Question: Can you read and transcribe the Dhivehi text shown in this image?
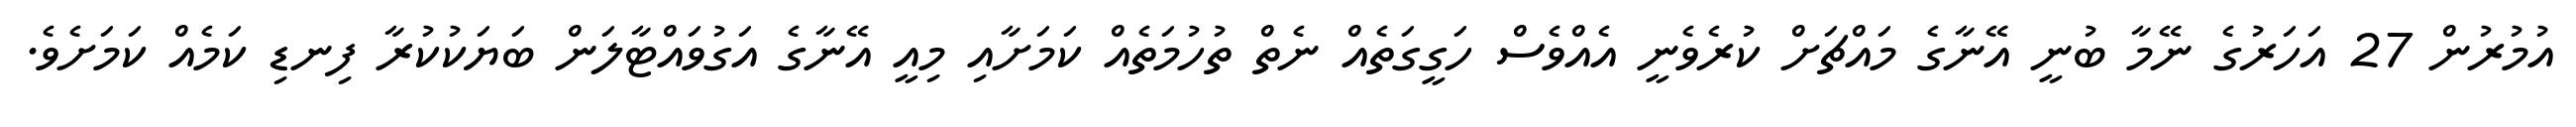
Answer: އުމުރުން 27 އަހަރުގެ ނޭމާ ބުނީ އޭނާގެ މައްޗަށް ކުރެވެނީ އެއްވެސް ހަގީގަތެއް ނެތް ތުހުމަތެއް ކަމަށާއި މިއީ އޭނާގެ އަގުވައްޓާލަން ބަޔަކުކުރާ ފިނޑި ކަމެއް ކަމަށެވެ.